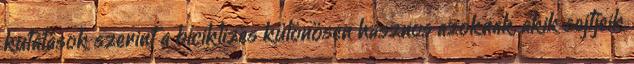
kutatások szerint a biciklizés különösen hasznos azoknak, akik sejtjeik